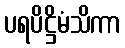
ပရပိဋ္ဌိမံသိကာ